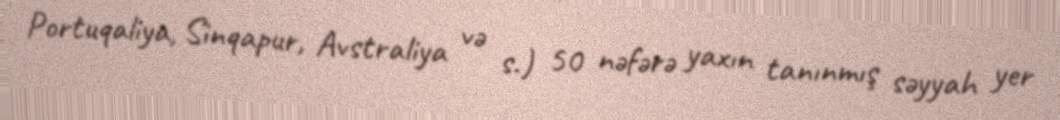
Portuqaliya, Sinqapur, Avstraliya və s.) 50 nəfərə yaxın tanınmış səyyah yer